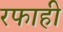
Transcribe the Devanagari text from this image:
रफाही